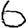
Digit: 6